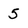
Character: 5